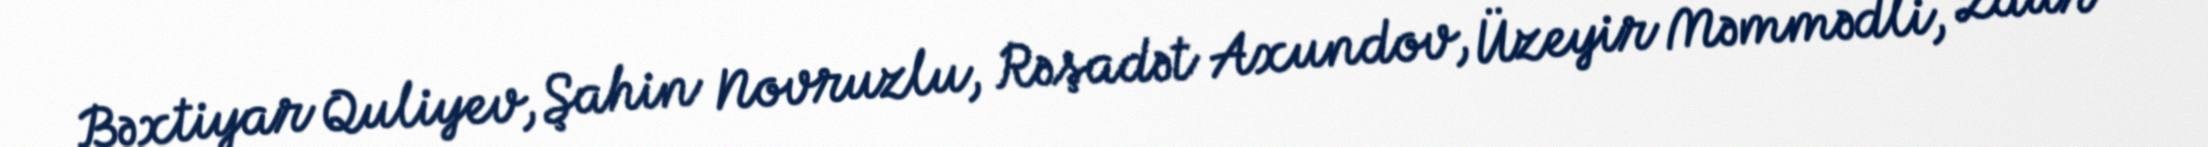
Bəxtiyar Quliyev, Şahin Novruzlu, Rəşadət Axundov, Üzeyir Məmmədli, Zaur